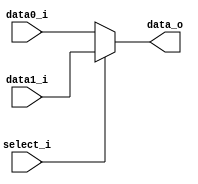

module MUX_2to1(
    data0_i,
    data1_i,
    select_i,
    data_o
    );

parameter size = 0;

//I/O ports
input   [size-1:0] data0_i;
input   [size-1:0] data1_i;
input              select_i;
output  [size-1:0] data_o;

//Internal Signals
reg     [size-1:0] data_o;



always @(*) begin
    data_o <= (select_i==1) ? data1_i : data0_i;
end

endmodule